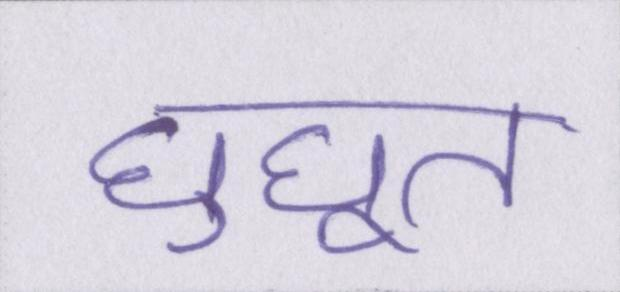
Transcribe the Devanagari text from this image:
घुघूत